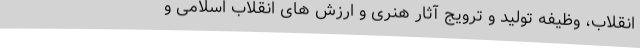
انقلاب، وظیفه تولید و ترویج آثار هنری و ارزش های انقلاب اسلامی و